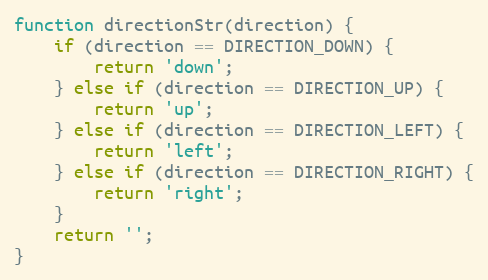
Language: JavaScript
function directionStr(direction) {
    if (direction == DIRECTION_DOWN) {
        return 'down';
    } else if (direction == DIRECTION_UP) {
        return 'up';
    } else if (direction == DIRECTION_LEFT) {
        return 'left';
    } else if (direction == DIRECTION_RIGHT) {
        return 'right';
    }
    return '';
}